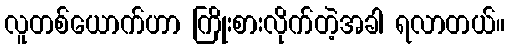
လူတစ်ယောက်ဟာ ကြိုးစားလိုက်တဲ့အခါ ရလာတယ်။